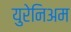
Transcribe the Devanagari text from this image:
युरेनिअम